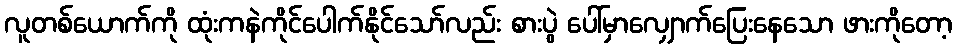
လူတစ်ယောက်ကို ထုံးကနဲကိုင်ပေါက်နိုင်သော်လည်း စားပွဲ ပေါ်မှာလျှောက်ပြေးနေသော ဖားကိုတော့